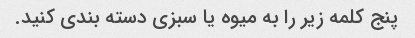
پنج کلمه زیر را به میوه یا سبزی دسته بندی کنید.